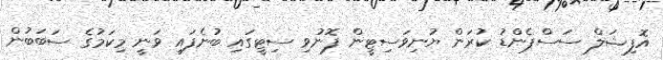
އޮފިޝަލް ސަސްޕެންޑު ކުރަން ޔުނިވަސިޓީން ފޮނުވި ސިޓީގައި ބުނެފައި ވަނީ މިކަމުގެ ސަބަބުން